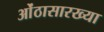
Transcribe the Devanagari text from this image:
ओंठासारख्या